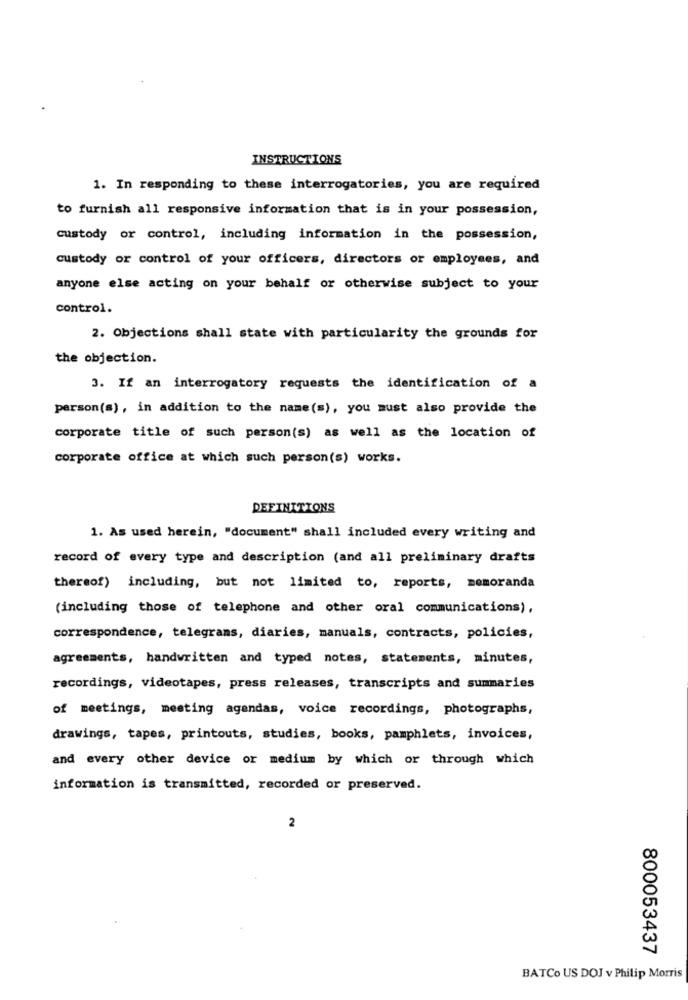
INSTRUCTIONS
1. In responding to these interrogatories, you are required
to furnish all responsive information that is in your possession,
custody or control, including information in the possession,
custody or control of your officers, directors or employees, and
anyone else acting on your behalf or otherwise subject to your
control.
2. Objections shall state with particularity the grounds for
the objection.
3. If an interrogatory requests the identification of a
person(s), in addition to the name(s), you must also provide the
corporate title of such person(s) as well as the location of
corporate office at which such person(s) works.
DEFINITIONS
1. As used herein, "document" shall included every writing and
record of every type and description (and all preliminary drafts
thereof) including, but not limited to, reports, memoranda
(including those of telephone and other oral communications),
correspondence, telegrams, diaries, manuals, contracts, policies,
agreements, handwritten and typed notes, statements, minutes,
recordings, videotapes, press releases, transcripts and summaries
of meetings, meeting agendas, voice recordings, photographs,
drawings, tapes, printouts, studies, books, pamphlets, invoices,
and every other device or medium by which or through which
information is transmitted, recorded or preserved.
2
800053437
BATCo US DOJ v Philip Morris